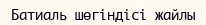
Батиаль шөгіндісі жайлы